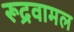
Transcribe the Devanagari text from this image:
रूद्रवामल